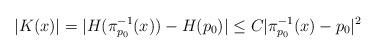
LaTeX: \begin{align*}|K(x)|=|H(\pi_{p_0}^{-1}(x))-H(p_0)|\leq C|\pi_{p_0}^{-1}(x)-p_0|^2\end{align*}